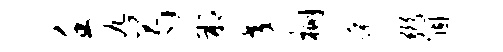
壬九芍朔交棚菽弼涸